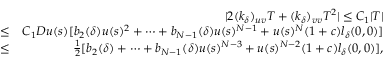
\begin{array} { r l r } & { } & { | 2 ( k _ { \delta } ) _ { u v } T + ( k _ { \delta } ) _ { v v } T ^ { 2 } | \leq C _ { 1 } | T | } \\ & { \leq } & { C _ { 1 } D u ( s ) [ b _ { 2 } ( \delta ) u ( s ) ^ { 2 } + \cdots + b _ { N - 1 } ( \delta ) u ( s ) ^ { N - 1 } + u ( s ) ^ { N } ( 1 + c ) l _ { \delta } ( 0 , 0 ) ] } \\ & { \leq } & { \frac { 1 } { 2 } [ b _ { 2 } ( \delta ) + \cdots + b _ { N - 1 } ( \delta ) u ( s ) ^ { N - 3 } + u ( s ) ^ { N - 2 } ( 1 + c ) l _ { \delta } ( 0 , 0 ) ] , } \end{array}